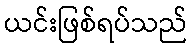
ယင်းဖြစ်ရပ်သည်